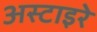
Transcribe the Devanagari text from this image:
अस्टाइरे